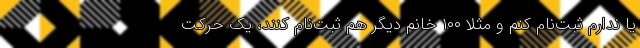
يا ندارم ثبت‌نام کنم و مثلا ۱۰۰ خانم ديگر هم ثبت‌نام کنند، يک حرکت